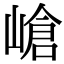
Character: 嵢